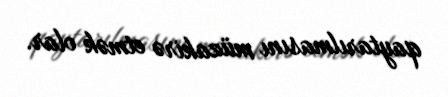
qaytarılmasını müzakirə etmək olar.